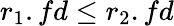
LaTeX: r_{1}.fd\leq r_{2}.fd